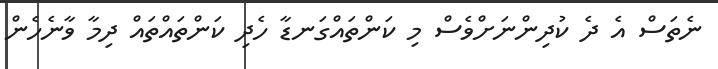
ނެތަސް އެ ދެ ކުދިންނަށްވެސް މި ކަންތައްގަނޑާ ހެދި ކަންތައްތައް ދިމާ ވާނެހެން